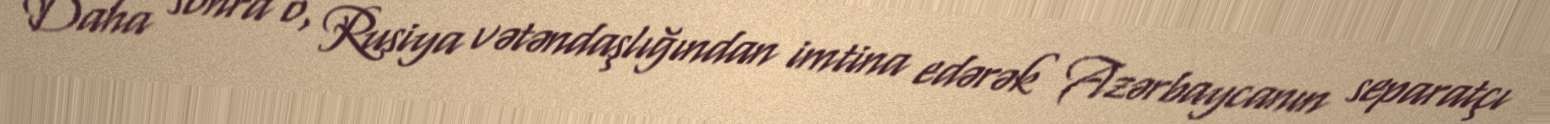
Daha sonra o, Rusiya vətəndaşlığından imtina edərək Azərbaycanın separatçı